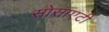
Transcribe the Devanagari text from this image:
सोसाएटी